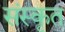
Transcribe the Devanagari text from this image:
संंस्कृृत